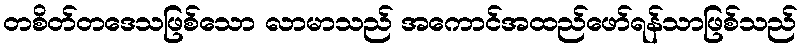
တစိတ်တဒေသဖြစ်သော လာမာသည် အကောင်အထည်ဖော်ရန်သာဖြစ်သည်